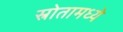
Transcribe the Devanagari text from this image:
स्रोतामध्ये